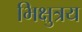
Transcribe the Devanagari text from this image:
भिक्षुत्रय